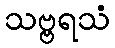
သဗ္ဗရသံ